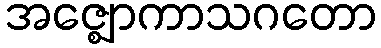
အဇ္ဈောကာသဂတော